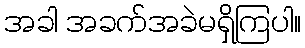
အခါ အခက်အခဲမရှိကြပါ။